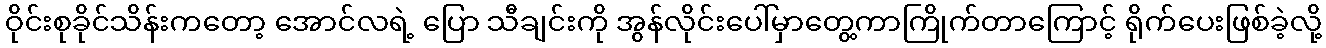
ဝိုင်းစုခိုင်သိန်းကတော့ အောင်လရဲ့ ပြော သီချင်းကို အွန်လိုင်းပေါ်မှာတွေ့ကာကြိုက်တာကြောင့် ရိုက်ပေးဖြစ်ခဲ့လို့